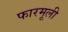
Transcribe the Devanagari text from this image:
फारमूली